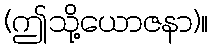
(ဤသို့ယောဇနာ)။